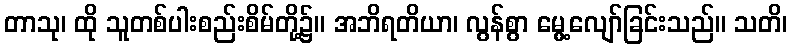
တာသု၊ ထို သူတစ်ပါးစည်းစိမ်တို့၌။ အဘိရတိယာ၊ လွန်စွာ မွေ့လျော်ခြင်းသည်။ သတိ၊